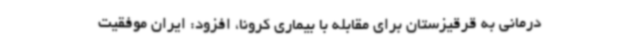
درمانی به قرقیزستان برای مقابله با بیماری کرونا، افزود: ایران موفقیت